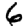
Digit: 6